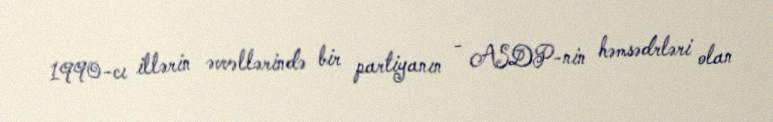
1990-cı illərin əvvəllərində bir partiyanın - ASDP-nin həmsədrləri olan